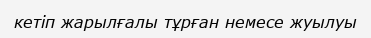
кетіп жарылғалы тұрған немесе жуылуы